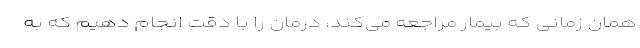
همان زمانی که بیمار مراجعه می‌کند، درمان را با دقت انجام دهیم که به